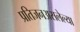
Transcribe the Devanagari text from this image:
प्रतिजनअसलेल्या